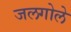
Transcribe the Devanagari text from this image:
जलगोले